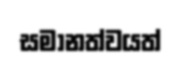
සමානත්වයත්